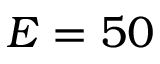
E = 5 0